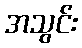
အသွင်း